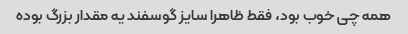
همه چی خوب بود، فقط ظاهرا سایز گوسفند یه مقدار بزرگ بوده